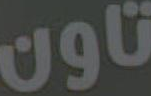
تاون